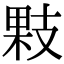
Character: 𢻔